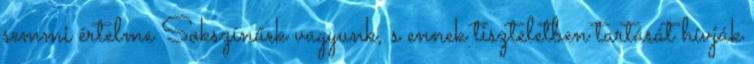
semmi értelme Sokszínűek vagyunk, s ennek tiszteletben tartását hívják